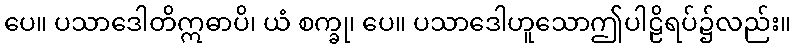
ပေ။ ပသာဒေါတိဣဓာပိ၊ ယံ စက္ခု၊ ပေ။ ပသာဒေါဟူသောဤပါဠိရပ်၌လည်း။